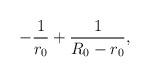
LaTeX: \begin{align*}-\frac{1}{r_0} + \frac{1}{R_{0} - r_{0}},\end{align*}